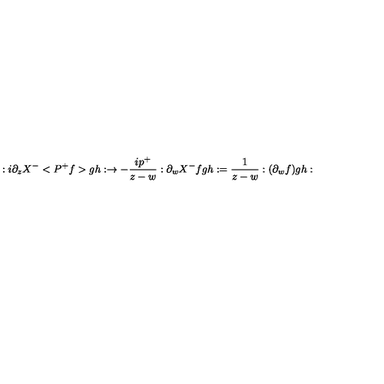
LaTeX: : i \partial _ { z } X ^ { - } < P ^ { + } f > g h : \rightarrow - \frac { i p ^ { + } } { z - w } : \partial _ { w } X ^ { - } f g h : = \frac 1 { z - w } : ( \partial _ { w } f ) g h :